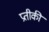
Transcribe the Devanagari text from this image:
प्रतीकी